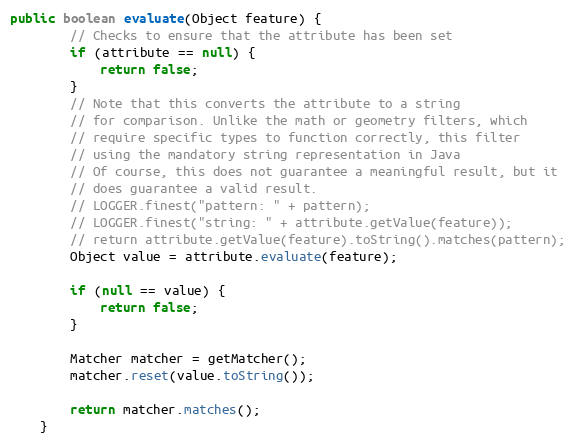
Language: Java
public boolean evaluate(Object feature) {
		// Checks to ensure that the attribute has been set
		if (attribute == null) {
			return false;
		}
		// Note that this converts the attribute to a string
		// for comparison. Unlike the math or geometry filters, which
		// require specific types to function correctly, this filter
		// using the mandatory string representation in Java
		// Of course, this does not guarantee a meaningful result, but it
		// does guarantee a valid result.
		// LOGGER.finest("pattern: " + pattern);
		// LOGGER.finest("string: " + attribute.getValue(feature));
		// return attribute.getValue(feature).toString().matches(pattern);
		Object value = attribute.evaluate(feature);

		if (null == value) {
			return false;
		}

		Matcher matcher = getMatcher();
		matcher.reset(value.toString());

		return matcher.matches();
	}